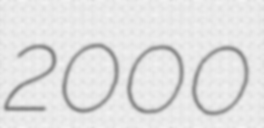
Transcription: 2000